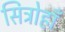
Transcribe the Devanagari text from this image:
सित्रोहाँ